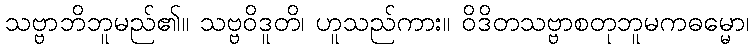
သဗ္ဗာဘိဘူမည်၏။ သဗ္ဗဝိဒူတိ၊ ဟူသည်ကား။ ဝိဒိတသဗ္ဗာစတုဘူမကဓမ္မော၊